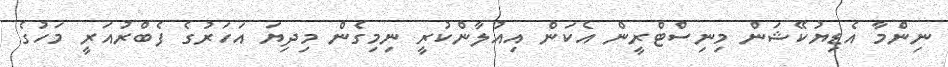
ނިންމާ އެޑިޔުކޭޝަން މިނިސްޓްރީން އެކަން އިއުލާންކުރީ ނިމިގެން މިދިޔަ އަހަރުގެ ފެބްރުއަރީ މަހުގެ